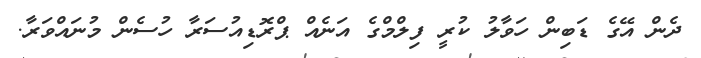
ދެން އޭގެ ޑަބިން ހަވާލު ކުރީ ފިލްމްގެ އަނެއް ޕްރޮޑިއުސަރާ ހުސެން މުނައްވަރާ.